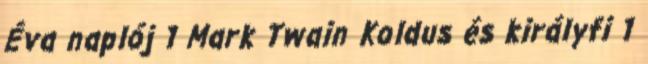
Éva naplój 1 Mark Twain Koldus és királyfi 1